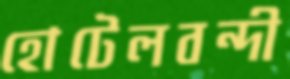
হোটেলবন্দী